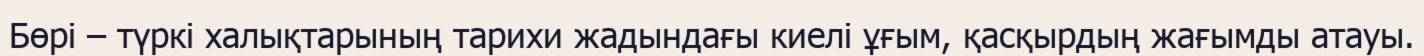
Бөрі – түркі халықтарының тарихи жадындағы киелі ұғым, қасқырдың жағымды атауы.